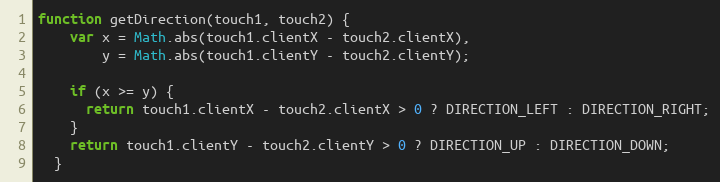
Language: JavaScript
function getDirection(touch1, touch2) {
    var x = Math.abs(touch1.clientX - touch2.clientX),
        y = Math.abs(touch1.clientY - touch2.clientY);

    if (x >= y) {
      return touch1.clientX - touch2.clientX > 0 ? DIRECTION_LEFT : DIRECTION_RIGHT;
    }
    return touch1.clientY - touch2.clientY > 0 ? DIRECTION_UP : DIRECTION_DOWN;
  }